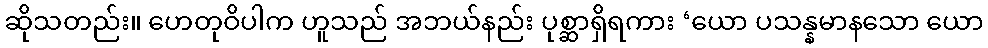
ဆိုသတည်း။ ဟေတုဝိပါက ဟူသည် အဘယ်နည်း ပုစ္ဆာရှိရကား ‘ယော ပသန္နမာနသော ယော